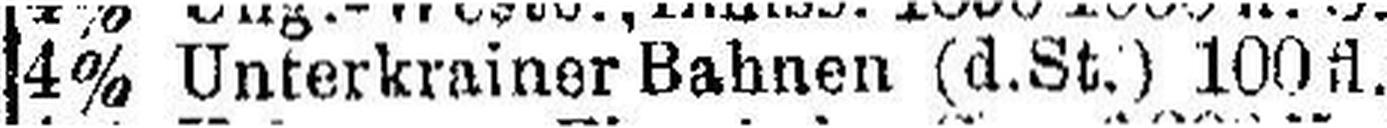
4% Unterkrainer Bahnen (d.St.) 100 fl.